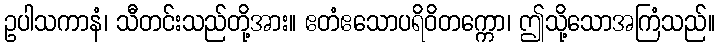
ဥပါသကာနံ၊ သီတင်းသည်တို့အား။ ဧတံဧသောပရိဝိတက္ကော၊ ဤသို့သောအကြံသည်။